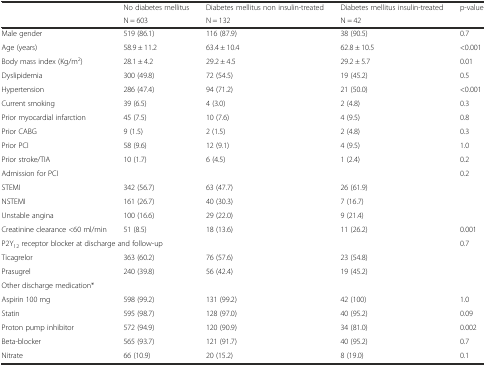
<table><thead><tr><td rowspan="2"></td><td><b>No diabetes mellitus</b></td><td><b>Diabetes mellitus non insulin-treated</b></td><td><b>Diabetes mellitus insulin-treated</b></td><td rowspan="2"><b>p-value</b></td></tr><tr><td><b>N = 603</b></td><td><b>N = 132</b></td><td><b>N = 42</b></td></tr></thead><tbody><tr><td>Male gender</td><td>519 (86.1)</td><td>116 (87.9)</td><td>38 (90.5)</td><td>0.7</td></tr><tr><td>Age (years)</td><td>58.9 ± 11.2</td><td>63.4 ± 10.4</td><td>62.8 ± 10.5</td><td>&lt;0.001</td></tr><tr><td>Body mass index (Kg/m<sup>2</sup>)</td><td>28.1 ± 4.2</td><td>29.2 ± 4.5</td><td>29.2 ± 5.7</td><td>0.01</td></tr><tr><td>Dyslipidemia</td><td>300 (49.8)</td><td>72 (54.5)</td><td>19 (45.2)</td><td>0.5</td></tr><tr><td>Hypertension</td><td>286 (47.4)</td><td>94 (71.2)</td><td>21 (50.0)</td><td>&lt;0.001</td></tr><tr><td>Current smoking</td><td>39 (6.5)</td><td>4 (3.0)</td><td>2 (4.8)</td><td>0.3</td></tr><tr><td>Prior myocardial infarction</td><td>45 (7.5)</td><td>10 (7.6)</td><td>4 (9.5)</td><td>0.8</td></tr><tr><td>Prior CABG</td><td>9 (1.5)</td><td>2 (1.5)</td><td>2 (4.8)</td><td>0.3</td></tr><tr><td>Prior PCI</td><td>58 (9.6)</td><td>12 (9.1)</td><td>4 (9.5)</td><td>1.0</td></tr><tr><td>Prior stroke/TIA</td><td>10 (1.7)</td><td>6 (4.5)</td><td>1 (2.4)</td><td>0.2</td></tr><tr><td colspan="3">Admission for PCI</td><td></td><td>0.2</td></tr><tr><td>STEMI</td><td>342 (56.7)</td><td>63 (47.7)</td><td>26 (61.9)</td><td></td></tr><tr><td>NSTEMI</td><td>161 (26.7)</td><td>40 (30.3)</td><td>7 (16.7)</td><td></td></tr><tr><td>Unstable angina</td><td>100 (16.6)</td><td>29 (22.0)</td><td>9 (21.4)</td><td></td></tr><tr><td>Creatinine clearance &lt;60 ml/min</td><td>51 (8.5)</td><td>18 (13.6)</td><td>11 (26.2)</td><td>0.001</td></tr><tr><td colspan="4">P2Y<sub>12</sub> receptor blocker at discharge and follow-up</td><td>0.7</td></tr><tr><td>Ticagrelor</td><td>363 (60.2)</td><td>76 (57.6)</td><td>23 (54.8)</td><td></td></tr><tr><td>Prasugrel</td><td>240 (39.8)</td><td>56 (42.4)</td><td>19 (45.2)</td><td></td></tr><tr><td colspan="5">Other discharge medication*</td></tr><tr><td>Aspirin 100 mg</td><td>598 (99.2)</td><td>131 (99.2)</td><td>42 (100)</td><td>1.0</td></tr><tr><td>Statin</td><td>595 (98.7)</td><td>128 (97.0)</td><td>40 (95.2)</td><td>0.09</td></tr><tr><td>Proton pump inhibitor</td><td>572 (94.9)</td><td>120 (90.9)</td><td>34 (81.0)</td><td>0.002</td></tr><tr><td>Beta-blocker</td><td>565 (93.7)</td><td>121 (91.7)</td><td>40 (95.2)</td><td>0.7</td></tr><tr><td>Nitrate</td><td>66 (10.9)</td><td>20 (15.2)</td><td>8 (19.0)</td><td>0.1</td></tr></tbody></table>